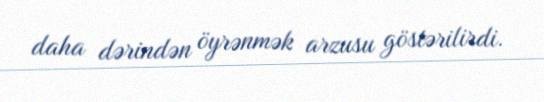
daha dərindən öyrənmək arzusu göstərilirdi.